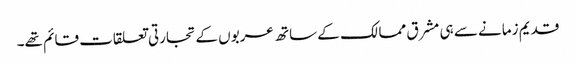
قدیم زمانے سے ہی مشرق ممالک کے ساتھ عربوں کے تجارتی تعلقات قائم تھے۔